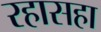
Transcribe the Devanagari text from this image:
रहासहा